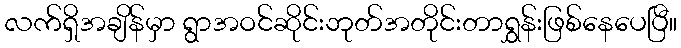
လက်ရှိအချိန်မှာ ရွာအဝင်ဆိုင်းဘုတ်အတိုင်းတာရွှန်းဖြစ်နေပေပြီ။